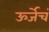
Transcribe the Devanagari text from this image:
ऊर्जेचं